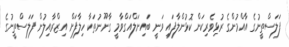
ފަލަސްތީނުގެ އާއްމުންގެ ރުޅިވެރިކަން ކޮޅުންލާފައި ވަނީ ބައިނަލްއަގްވާމީ ގާނޫނުތަކާ ހިލާފަށް އިޒްރާއިލުން ފަލަސްތީނުގެ